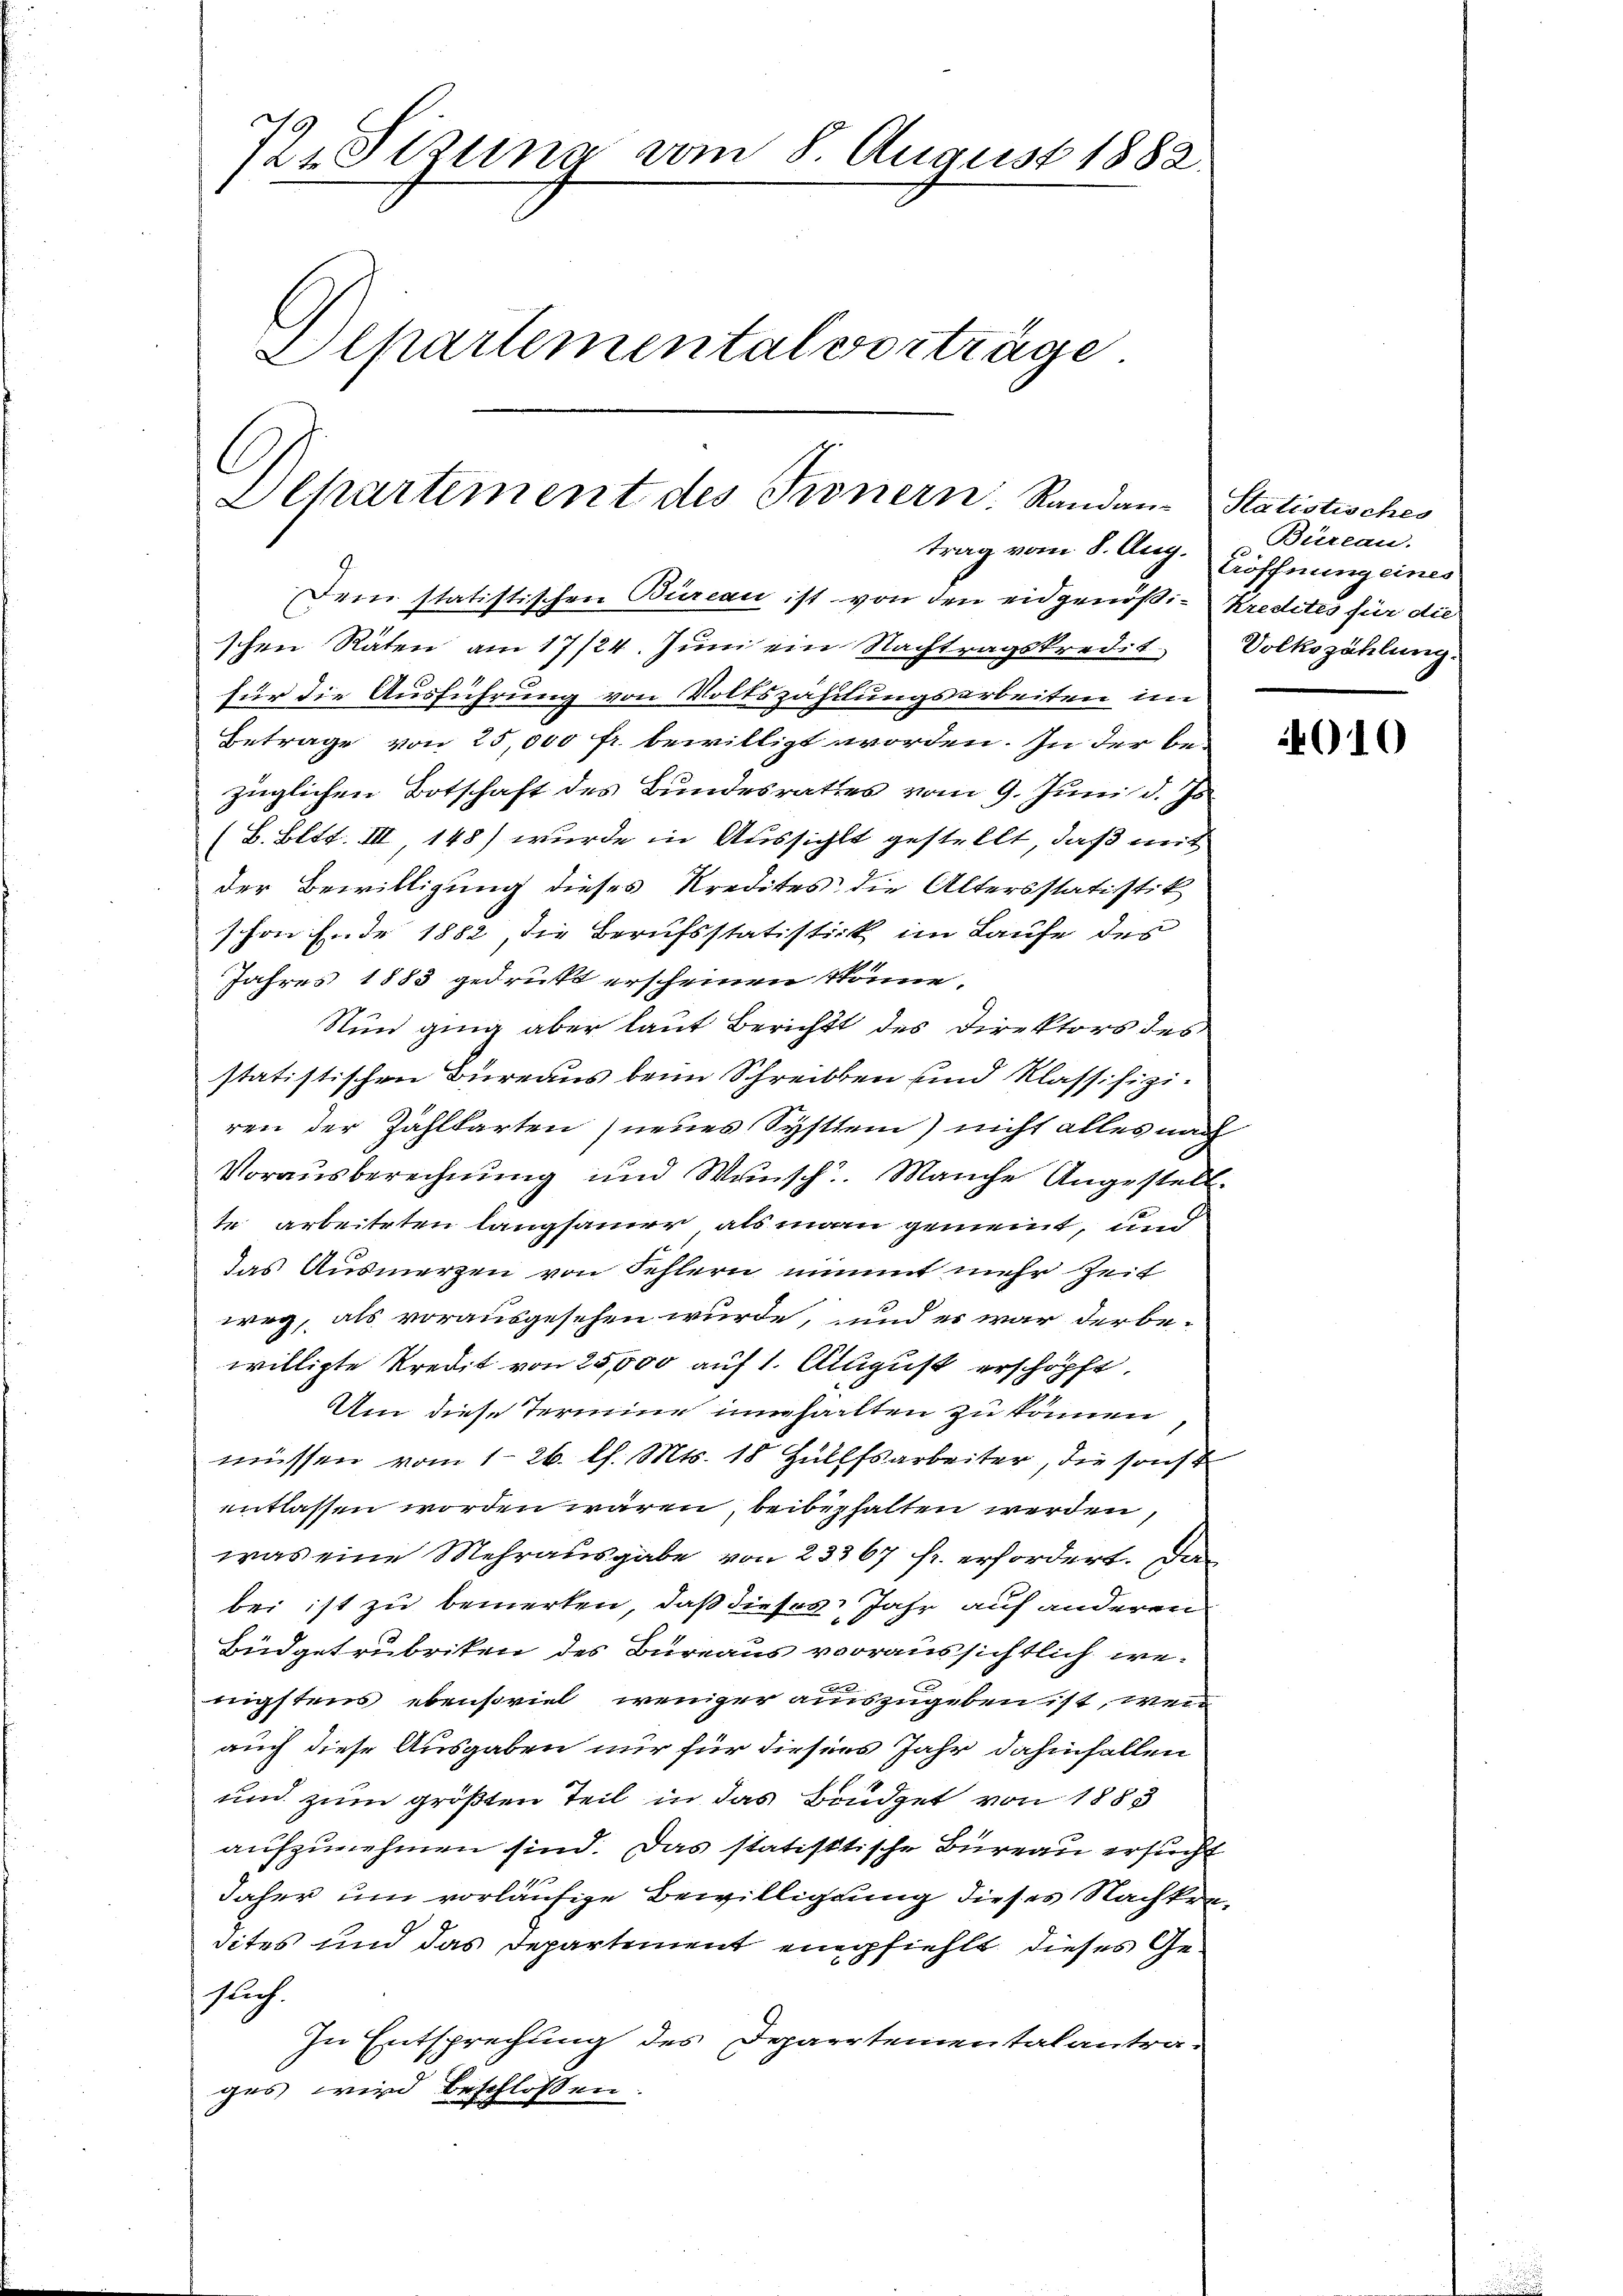
72. Sizung vom 8. August 1882.
Alpartemental vorträge

Departement des Kronern. Randan-Statistisches
trag vom 8. Aug. Eröffnung eines

Dem statistischen Büreau ist von den eidgenößi- Kredites für die
schen Räten am 17/24. Juni ein Nachtragskredit. Volkszählung.
für die Ausführung von Volkszähltungsarbeiten im
Betrage von 25,000 fr. bewilligt worden. In der bei
züglichen Botschaft des Bundesrathes vom 9. Juni d. Js.
(B. Bett. III, 148) wurde in Aussicht gestellt, daß mit
der Bewilligung dieses Kredites die Altersstatistik
schon Ende 1882, die Berufsstatistick im Laufe des
Jahres 1883 gedruckt erscheinen könne.
Nun ging aber laut Bericht des Direktors des
statistischen Bureaus beim Schreibten sind klassifiziren der Zahlkarten) neues System) nicht alles nach
Vorausberechnung und Wunsch. Manche Angestell
te arbeiteten langsamer als man gemeint, und
das Ausmerzen von Fehlern nimmt mehr Zeit
weg, als vorausgesehen würde, und es war der be-
willigte Kredit von 25,000 auf 1. August erschöpft.
Um diese Termine unhalten zu können
müssen vom 1. 26. l. Mts. 18 Hülfsarbeiter, die sonst
entlassen worden wären, beibehalten werden,
was eine Mehrausgabe von 23367 fr. erfordert. Das
bei ist zu bemerken, daß dieses Jahr auf anderen
Büdgetrubriken des Büreaus voraussichtlich wenigstens ebensoviel weniger auszugeben ist, wenn
auch diese Ausgaben nur für diesers Jahr dahinfallen
und zum größten Teil in das Brüdget von 1883
aufzunehmen sind. Das statistische Bureau ersucht
daher um vorläufige Bewilligung dieses Nachkredites und das Departement empfiehlt dieses Geslich.
In Entsprechung des Departementalantra-
ges wird beschlossen

Büreau.

010